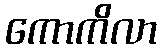
ကောကိလာ